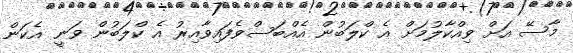
މާސޭ އަށް ވިއްކާލުމަށް އެ ކްލަބުން އެއްބަސްވެފައިވާއިރު އެ ކްލަބުން ވަނީ އެކަން